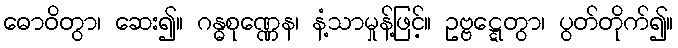
ဓောဝိတွာ၊ ဆေး၍။ ဂန္ဓစုဏ္ဏေန၊ နံ့သာမှုန့်ဖြင့်။ ဥဗ္ဗဋ္ဋေတွာ၊ ပွတ်တိုက်၍။